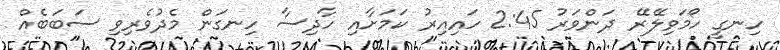
ހިނގީ ހޯމަވިލޭރޭ ދަންވަރު 2:45 ހައިއިރު ކަަމަށާއި ހާދިސާ ހިނގަން މެދުވެރިވި ސަބަބެއް